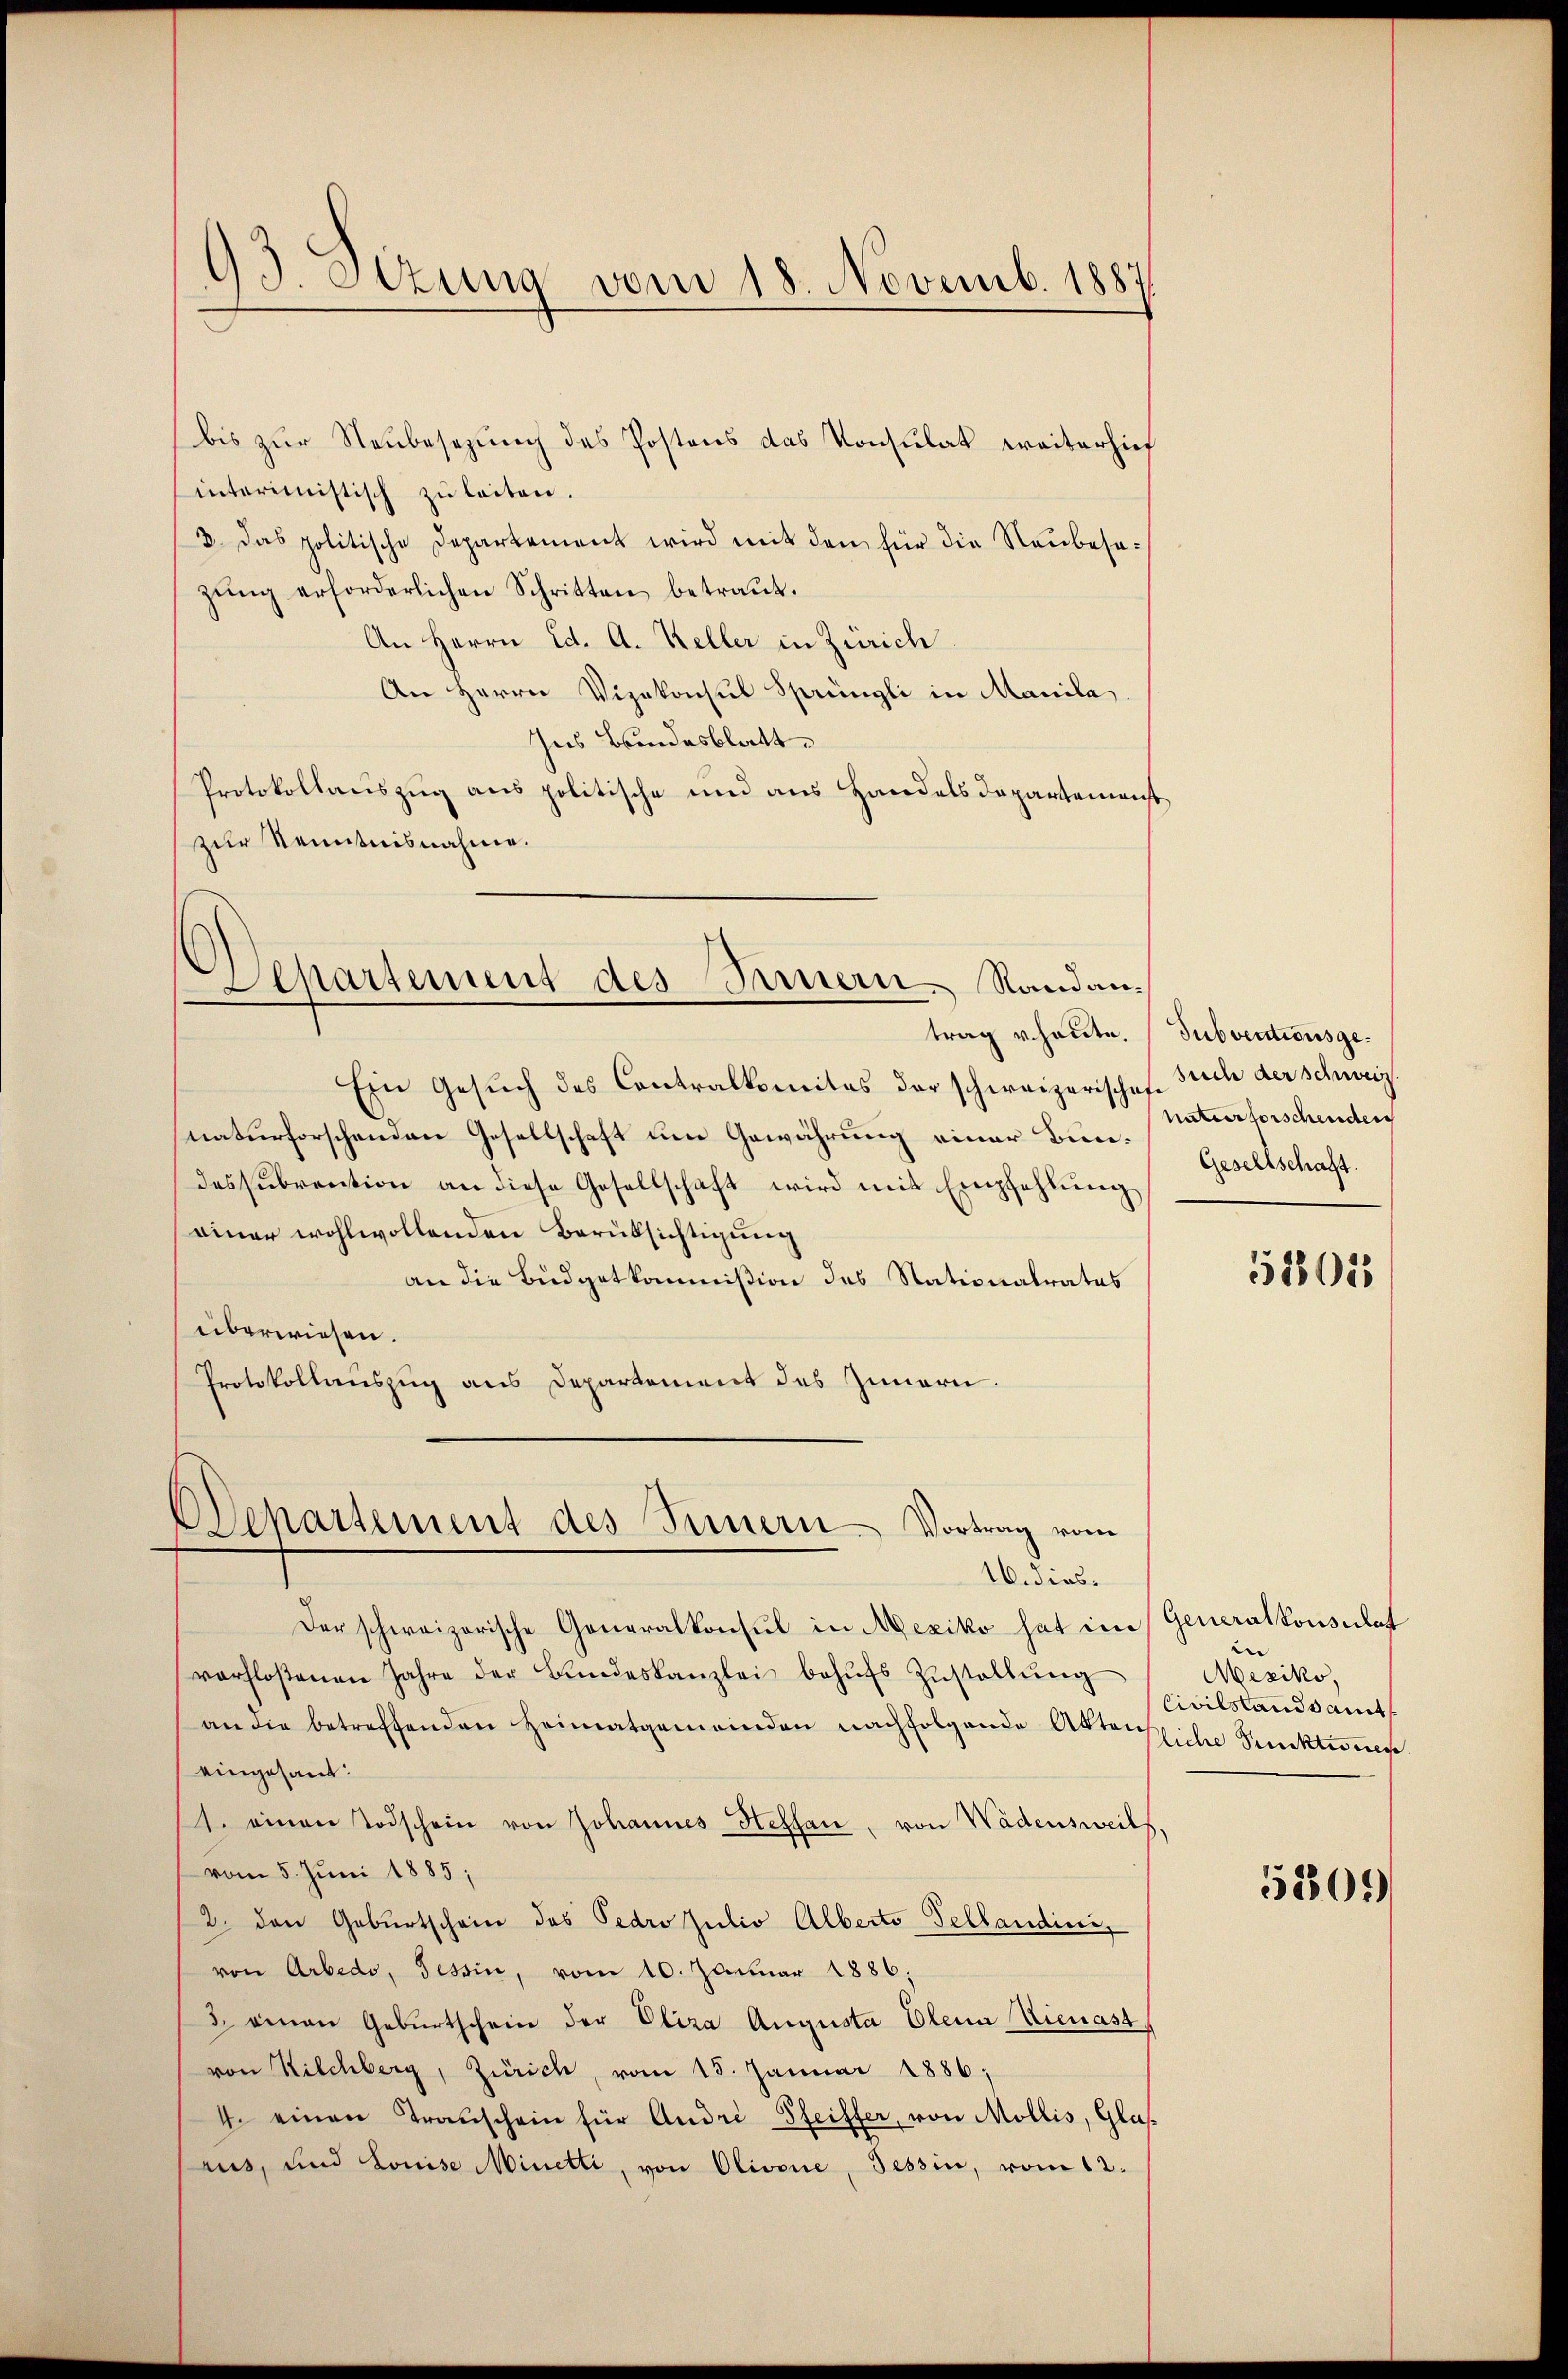
93. Sezung vom 18. Novemb. 1887

interimistisch zŭ leiten.
3. Das politische Departement wird mit den für die Neubesazŭng erforderlichen Schritten betraŭt.
An Herrn Ed. A. Keller in Zürich
An Herrn Vizekonsul Sprüngli in Manila.
Ins Bundesblatt.
Protokollauszug aus politische und aus Handels Departemenst
zur Kenntnisnahme.

bis zur Neubesezung des Postens das Konsulat weiterhief

Departement des Sauern. Randantrag heute.

Ein Gesŭch des Contralkomites der schweizerisches Stich der schweiz.
naturforschenden Gesellschaft um Gewährung einer Bundessŭbrention an diese Gesellschaft wird mit Empfehlŭng
einer wohlwollenden Berüksichtigung
an die Büdgetkommißion des Stationalrates
überwiesen.
Protokollauszug aus Departement des Zimmern.

Departement des Innern Vortrag vom
16. dies

Der schweizerische Generalkonsul in Mexiko hat im
verfloßenen Jahre der Bŭndeskanzlei behŭfs Zŭstallŭng
an die betreffenden Heimatgemeinden nachfolgende Aktorsiche Punckt werde.
eingesant.
1. einen Todschein von Johannes Hessan, von Wädensweils,
vom 5. Juni 1885;
2. den Geburtschein des Pedro Julio Alberts Tellandinis
von Arbedo, Tessin, vom 10. Januar 1886;
3 einen Gebŭrtschein der Eliza Augusta Olena Dienast
von Kilchberg, Zürich, vom 15. Januar 1886;
4. einen Transchein für André Sfeiffer, von Mollis, Glas
aus, und Louise Minetti, von Olivone, Tessin, vom 12.

Subventionsgenaturforschenden
Gesellschaft.

518015

Generalkonsulat
n
Mexiko,
Civilstandsamt

5301)